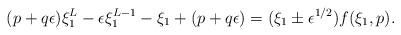
LaTeX: \begin{align*}(p+ q\epsilon) \xi_1^L - \epsilon \xi_1^{L-1} - \xi_1 +(p+ q\epsilon) = (\xi_1 \pm \epsilon^{1/2}) f(\xi_1, p).\end{align*}